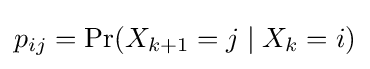
p_{ij}=\Pr(X_{k+1}=j\mid X_{k}=i)